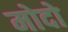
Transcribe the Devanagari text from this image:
मोदो